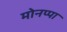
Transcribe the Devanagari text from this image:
मोनप्पा